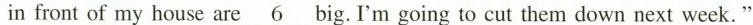
in front of my house are\underline{6}big.I'm going to cut them down next week."